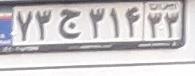
۷۳ج۳۱۴۳۳